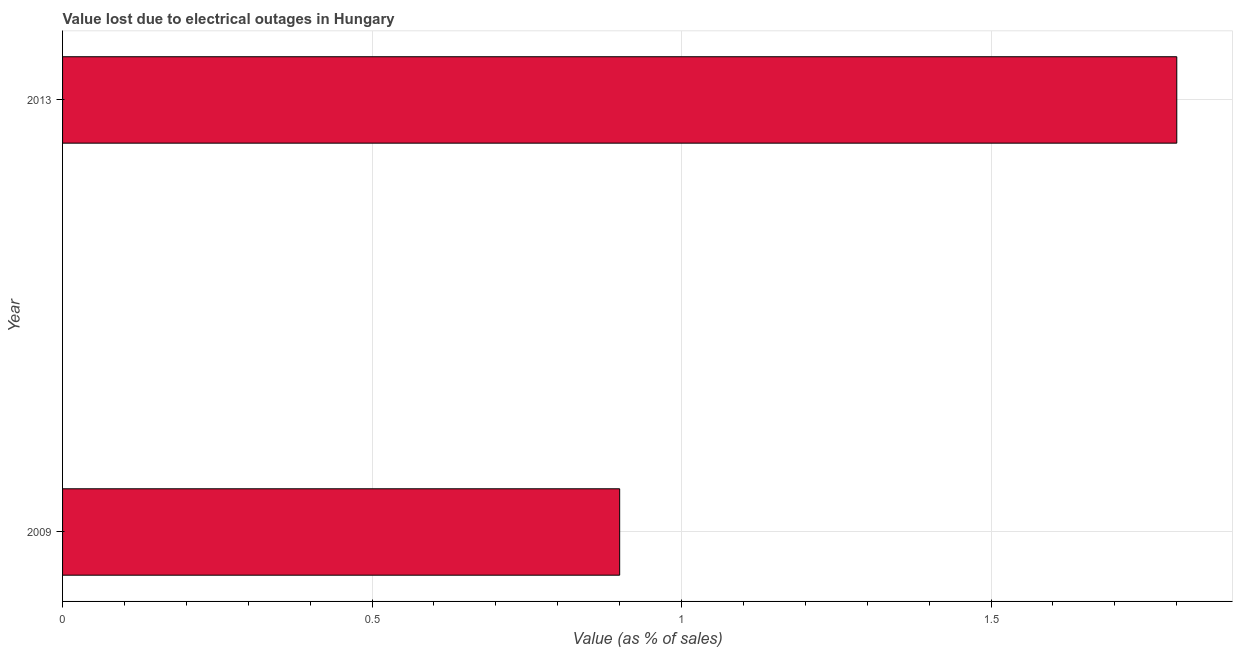
| Year | Value lost due to electrical outages |
 | --- | --- |
 | 2009 | 0.9 |
 | 2013 | 1.8 |